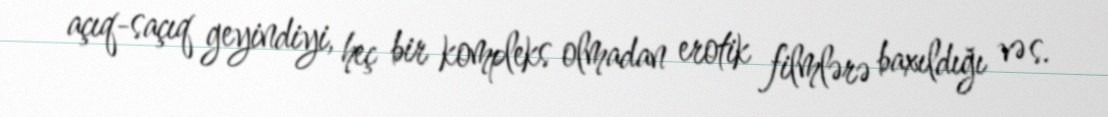
açıq-saçıq geyindiyi, heç bir kompleks olmadan erotik filmlərə baxıldığı və s.